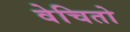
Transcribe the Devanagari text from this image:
वेचितो